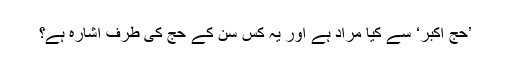
’حج اکبر‘ سے کیا مراد ہے اور یہ کس سن کے حج کی طرف اشارہ ہے؟